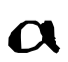
Text: a
Cross-out: clean
Writing tool: digital_black